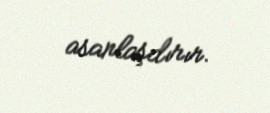
asanlaşdırır.